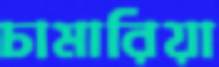
চামারিয়া